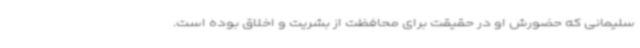
سلیمانی که حضورش او در حقیقت برای محافظت از بشریت و اخلاق بوده است.